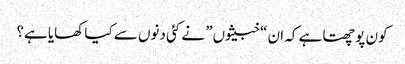
کون پوچھتا ہے کہ ان “خبیثوں” نے کئی دنوں سے کیا کھایا ہے؟